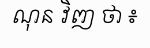
ណុន វិញ ថា ៖